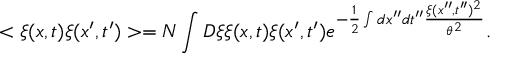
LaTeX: < \xi ( x , t ) \xi ( x ^ { \prime } , t ^ { \prime } ) > = N \int D \xi \xi ( x , t ) \xi ( x ^ { \prime } , t ^ { \prime } ) e ^ { - \frac { 1 } { 2 } \int d x ^ { \prime \prime } d t ^ { \prime \prime } \frac { \xi ( x ^ { \prime \prime } , t ^ { \prime \prime } ) ^ { 2 } } { \theta ^ { 2 } } } .